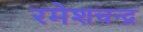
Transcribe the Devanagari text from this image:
रमेशचन्‍द्र